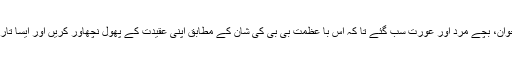
آپ کا استقبال کرنے شہر کا ہر شخص گیا، بوڑھے، جوان، بچے مرد اور عورت سب گئے تا کہ اس با عظمت بی بی کی شان کے مطابق اپنی عقیدت کے پھول نچھاور کریں اور ایسا تاریخی استقبال کیا جو آج تک بے نظیر اور بے مثال ہے۔